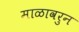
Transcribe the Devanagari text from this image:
माळावरुन